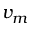
v _ { m }